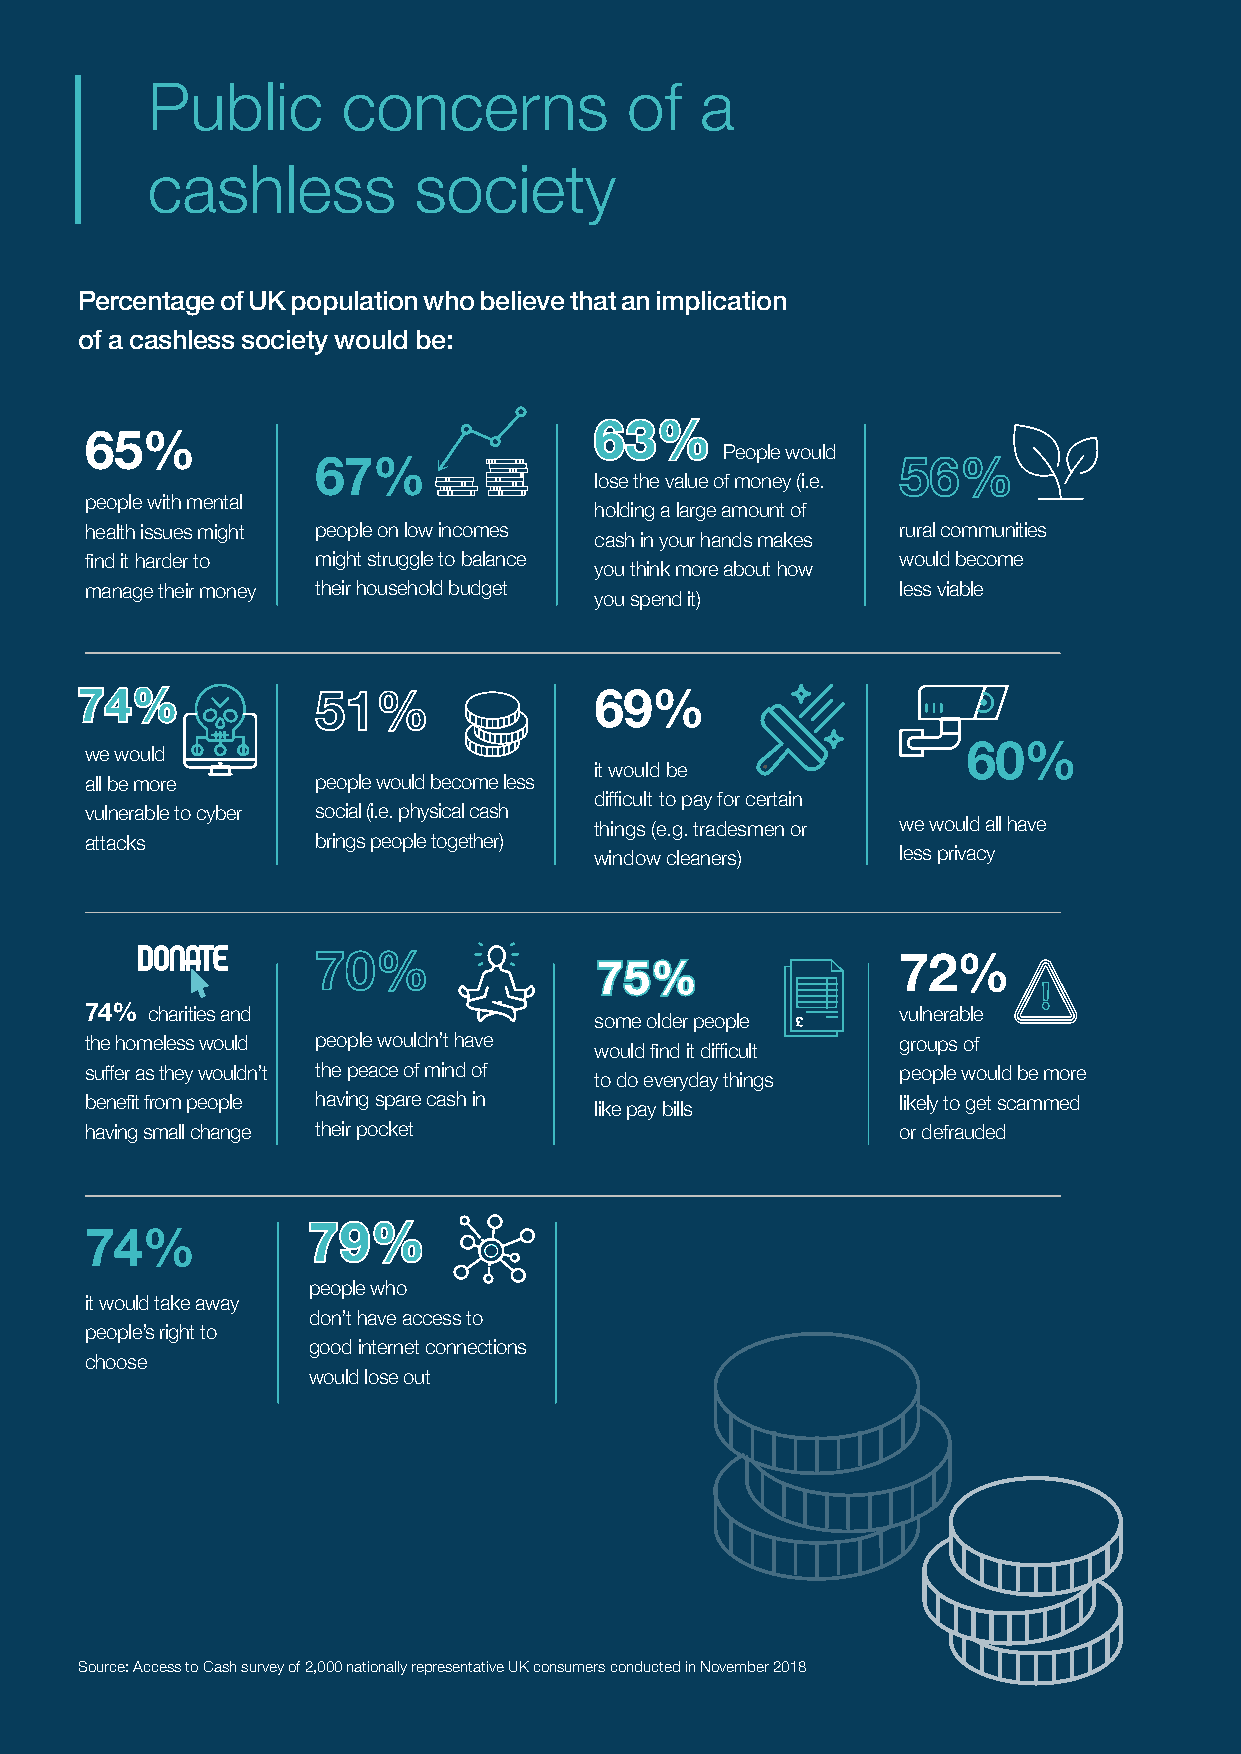
Public       concerns          of   a
 cashless         society
 Percentage of UK population who believe that an implication
 of a cashless society would be:
 63%
 65%                                       People would
 67%
 lose the value of money (i.e.
 people with mental
 holding a large amount of
 health issues might people on low incomes             rural communities
 cash in your hands makes
 find it harder to might struggle to balance           would become
 you think more about how
 manage their money their household budget             less viable
 you spend it)
 74%                               69%
 we would                                                  60%
 it would be
 all be more    people would become less
 difficult to pay for certain
 vulnerable to cyber social (i.e. physical cash
 things (e.g. tradesmen or we would all have
 attacks        brings people together)
 window cleaners)     less privacy
 72%
 75%
 74% charities and                                     vulnerable
 some older people
 the homeless would people wouldn’t have               groups of
 would find it difficult
 suffer as they wouldn’t the peace of mind of          people would be more
 to do everyday things
 benefit from people having spare cash in              likely to get scammed
 like pay bills
 having small change their pocket                      or defrauded
 74%           79%
 people who
 it would take away
 don’t have access to
 people’s right to
 good internet connections
 choose
 would lose out
 Source: Access to Cash survey of 2,000 nationally representative UK consumers conducted in November 2018
 44